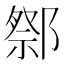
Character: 𨝋